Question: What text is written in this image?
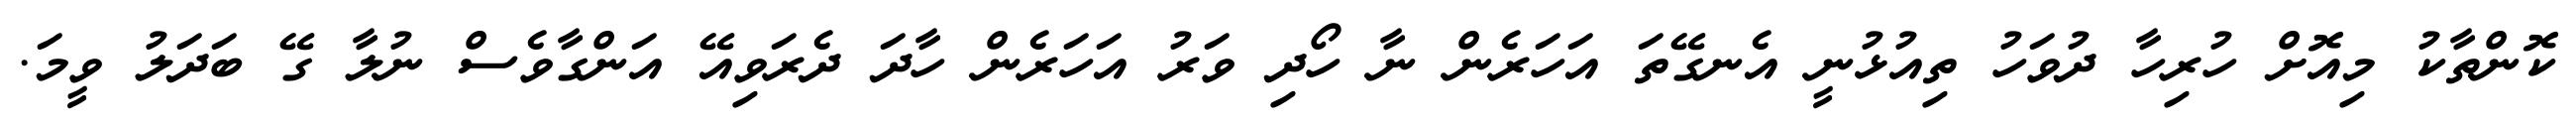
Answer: ކޮންތާކު މިއޮށް ހުރިހާ ދުވަހު ތިއުޅުނީ އެނގޭތަ އަހަރެން ނާ ހޯދި ވަރު އަހަރެން ހާދަ ދެރަވިއޭ އަންގާވެސް ނުލާ ގޭ ބަދަލު ވީމަ.